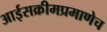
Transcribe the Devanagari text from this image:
आईसक्रीमप्रमाणेच